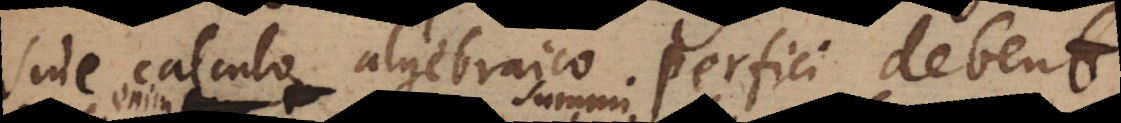
sine calculo algebraico perfici debent